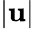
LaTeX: \lvert\mathbf{u}\rvert